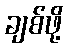
ချစ်ဖို့